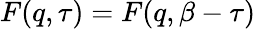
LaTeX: F(q,\tau)=F(q,\beta-\tau)